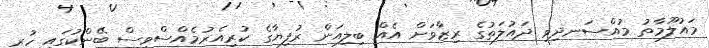
މައުލޫމާތު މުއްސަނދިވި ދައުލަތުގެ ރިޒާވަށް އެއް ބިލިއަން ރުފިޔާގެ ކުރިއެރުމެއްސްވިސް ބޭންކުގައި ހުރި